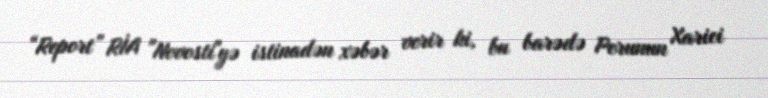
“Report” RİA "Novosti"yə istinadən xəbər verir ki, bu barədə Perunun Xarici